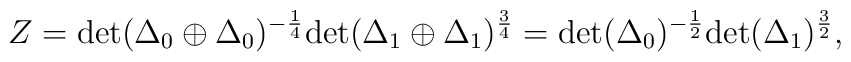
Z = {\rm det}(\Delta_{0}\oplus\Delta_{0})^{-\frac{1}{4}}    {\rm det}(\Delta_{1}\oplus\Delta_{1})^{\frac{3}{4}} =    {\rm det}(\Delta_{0})^{-\frac{1}{2}}{\rm det}(\Delta_{1})^{\frac{3}{2}},